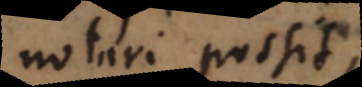
notari possit,